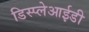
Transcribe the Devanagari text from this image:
डिस्प्लेआईडी